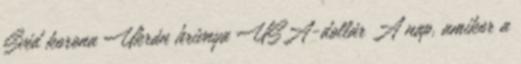
Svéd korona Ukrán hrivnya USA-dollár A nap, amikor a